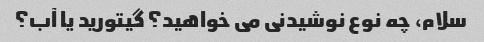
سلام، چه نوع نوشیدنی می خواهید؟ گیتورید یا آب؟